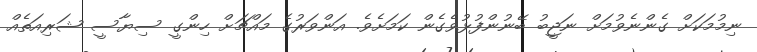
ނިމުމަކަށް ގެންނެވުމަށް ނަޖީބު ބޭނުންފުޅުވެގެން ކަމަށެވެ. އަންވަރުގެ މައްޗަށް ހިންގީ ސިޔާސީ ޝަރިއަތެއް